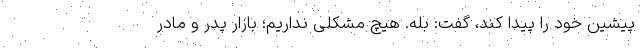
پیشین خود را پیدا کند، گفت: بله. هیچ مشکلی نداریم؛ بازار پدر و مادر